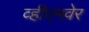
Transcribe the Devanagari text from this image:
व्हीएमवेर